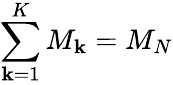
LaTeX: \sum_{\mathbf{k}=1}^{K}M_{\mathbf{k}}=M_{N}